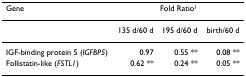
<table><thead><tr><td><b>Gene</b></td><td colspan="3"><b>Fold Ratio<sup>1</sup></b></td></tr></thead><tbody><tr><td></td><td>135 d/60 d</td><td>195 d/60 d</td><td>birth/60 d</td></tr><tr><td>IGF-binding protein 5 (<i>IGFBP5</i>)</td><td>0.97</td><td>0.55 **</td><td>0.08 **</td></tr><tr><td>Follistatin-like (<i>FSTL1</i>)</td><td>0.62 **</td><td>0.24 **</td><td>0.05 **</td></tr></tbody></table>